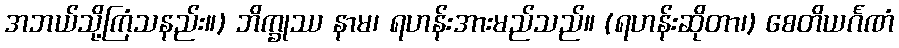
အဘယ်သို့ကြံသနည်း။) ဘိက္ခုဿ နာမ၊ ရဟန်းအားမည်သည်။ (ရဟန်းဆိုတာ၊) စေတိယင်္ဂဏံ